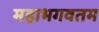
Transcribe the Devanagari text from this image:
महाभगवतम